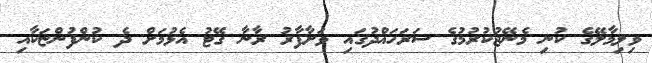
ވިލިމާލޭގެ ކުނި މެނޭޖުކުރުމުގެ ސަރަހައްދުގައި ވަށާފާރު ރާނާ ގޭޓު އެޅުމަށް ދެ ކުންފުންޏަކާއި